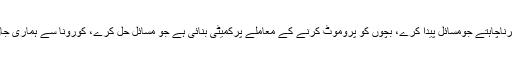
ان کا کہنا تھا کہ جلد بازی میں ایسا کام نہیں کرناچاہتے جومسائل پیدا کرے، بچوں کو پروموٹ کرنے کے معاملے پرکمیٹی بنائی ہے جو مسائل حل کرے، کورونا سے ہماری جان کب چھوٹے گی ایسا ابھی تک کچھ نہیں پتہ۔